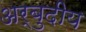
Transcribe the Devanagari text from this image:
अर्बुदीय